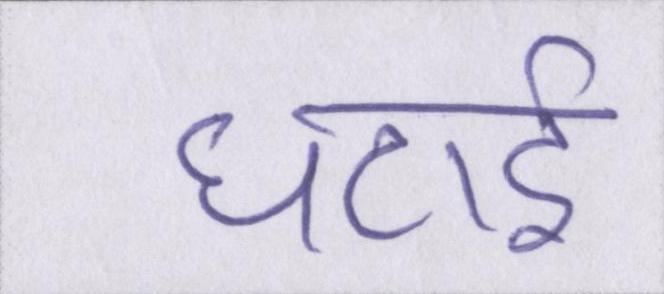
घटाई